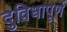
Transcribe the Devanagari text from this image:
दुविधापूर्ण